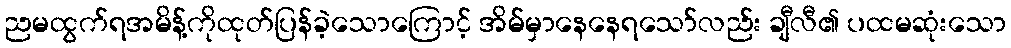
ညမထွက်ရအမိန့်ကိုထုတ်ပြန်ခဲ့သောကြောင့် အိမ်မှာနေနေရသော်လည်း ချီလီ၏ ပထမဆုံးသော